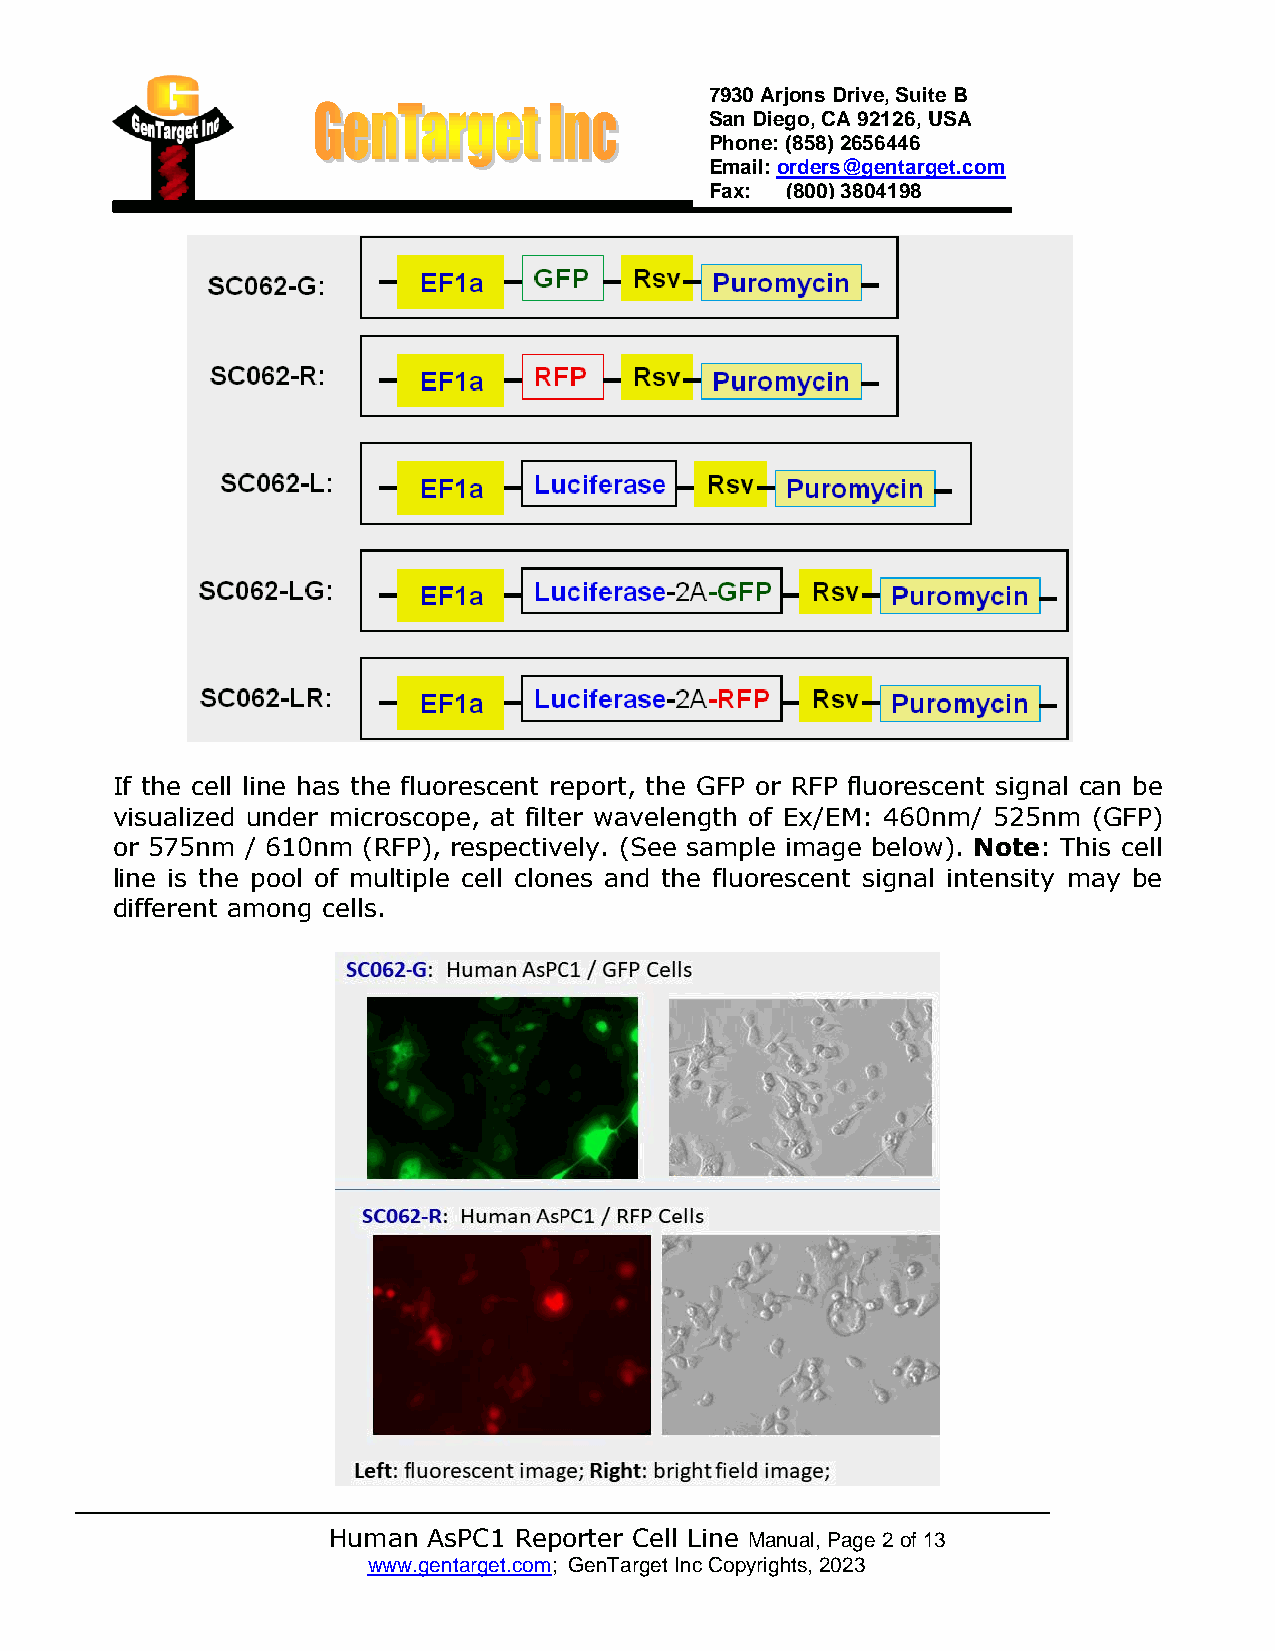
7930 Arjons Drive, Suite B
 San Diego, CA 92126, USA
 Phone: (858) 2656446
 Email: orders@gentarget.com
 Fax: (800) 3804198
 If the cell line has the fluorescent report, the GFP or RFP fluorescent signal can be
 visualized under microscope, at filter wavelength of Ex/EM: 460nm/ 525nm (GFP)
 or 575nm / 610nm (RFP), respectively. (See sample image below). Note: This cell
 line is the pool of multiple cell clones and the fluorescent signal intensity may be
 different among cells.
 Human AsPC1 Reporter Cell Line Manual, Page 2 of 13
 www.gentarget.com; GenTarget Inc Copyrights, 2023